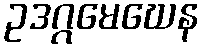
ဥဒဂ္ဂမေဃေန